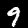
Label: 9